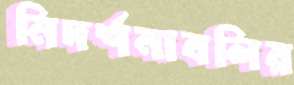
নিদর্শনাবলির